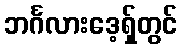
ဘင်္ဂလားဒေ့ရှ်တွင်